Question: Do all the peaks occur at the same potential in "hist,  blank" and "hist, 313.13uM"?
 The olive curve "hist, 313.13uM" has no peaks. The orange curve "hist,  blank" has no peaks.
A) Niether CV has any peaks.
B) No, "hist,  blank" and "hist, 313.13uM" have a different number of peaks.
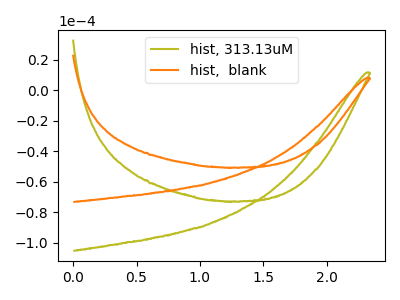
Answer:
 <answer>A) Niether CV has any peaks.</answer>
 <eval>A</eval>